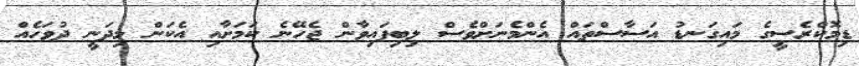
ޑިމޮކްރެސީގެ މައިގަނޑު އަސާސްތައް އެންމެނަށްވެސް ލިބިފައިވާން ޖެހޭނެ ކަމަށާއި އެކަން މިދަނީ ދުވަހެއް